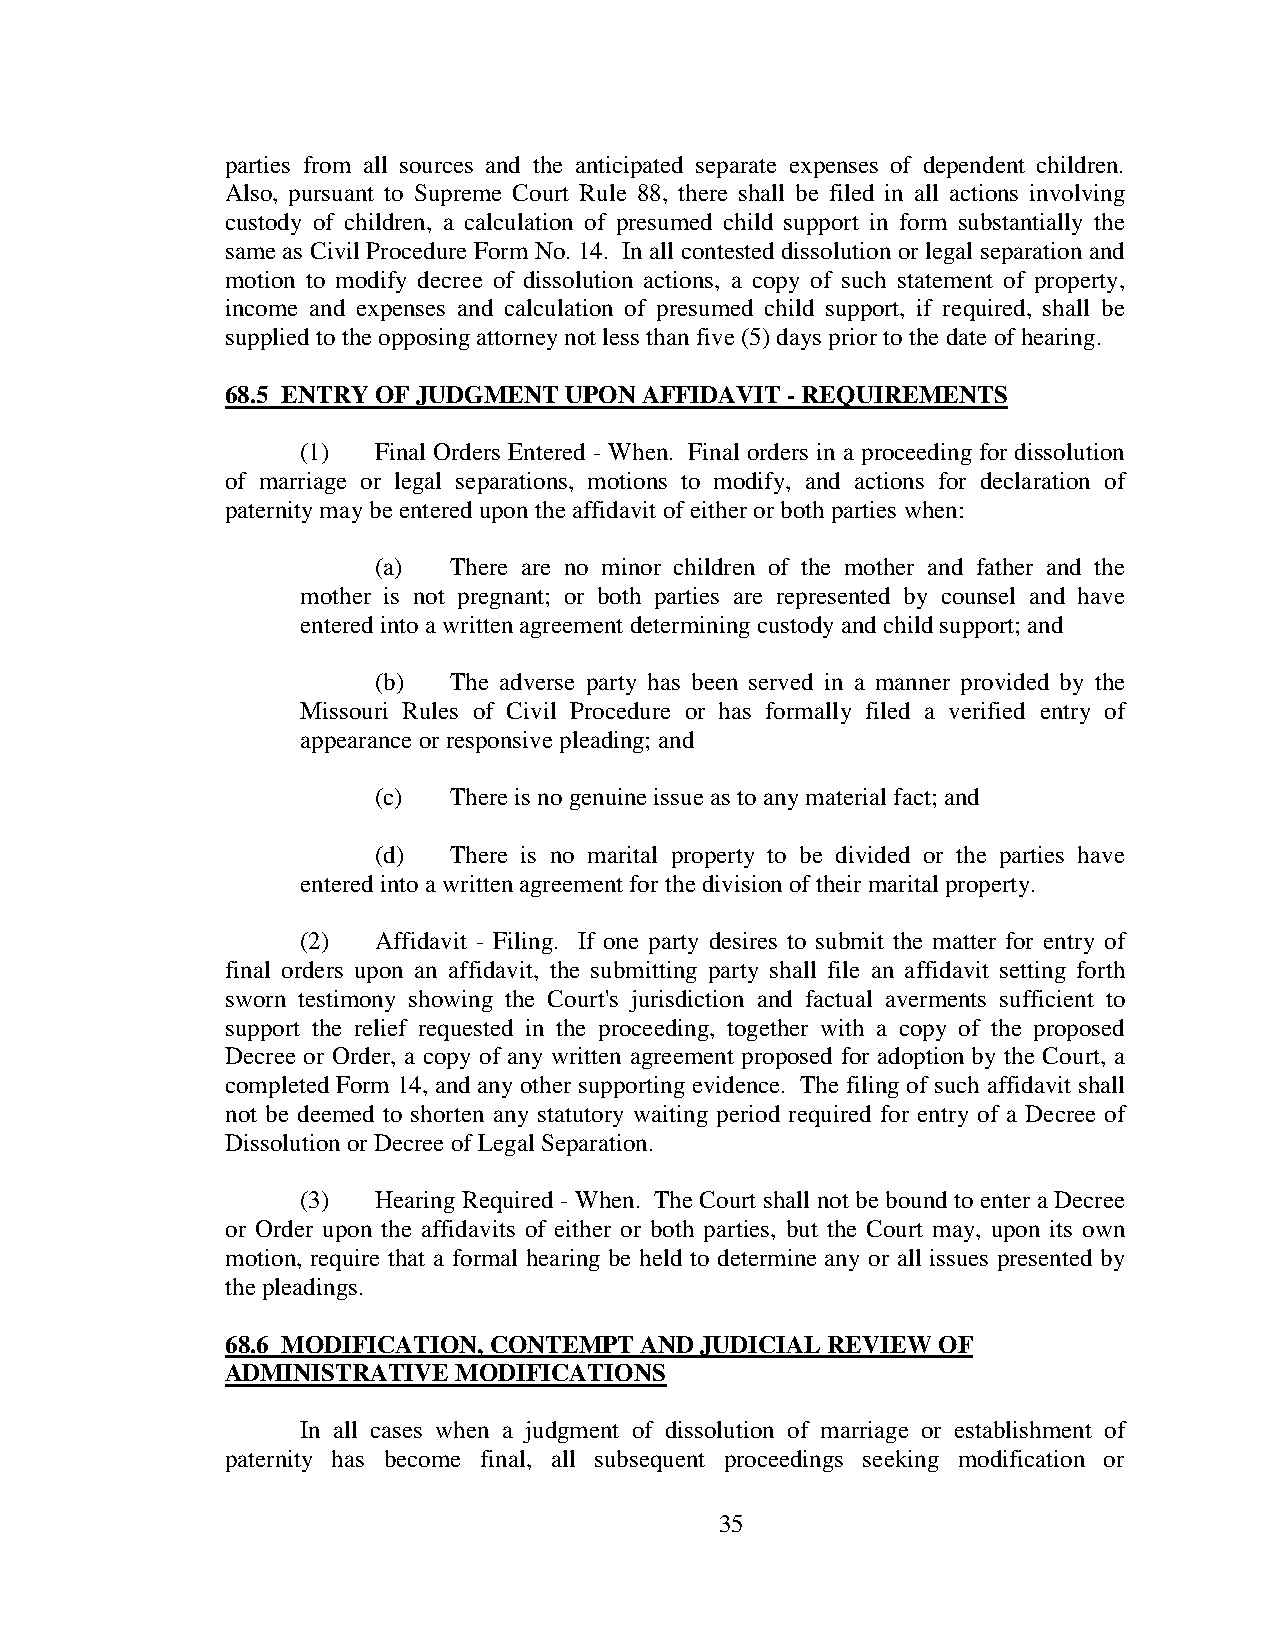
parties from all sources and the anticipated separate expenses of dependent children.
 Also, pursuant to Supreme Court Rule 88, there shall be filed in all actions involving
 custody of children, a calculation of presumed child support in form substantially the
 same as Civil Procedure Form No. 14. In all contested dissolution or legal separation and
 motion to modify decree of dissolution actions, a copy of such statement of property,
 income and expenses and calculation of presumed child support, if required, shall be
 supplied to the opposing attorney not less than five (5) days prior to the date of hearing.
 68.5 ENTRY OF JUDGMENT UPON AFFIDAVIT - REQUIREMENTS
 (1)  Final Orders Entered - When. Final orders in a proceeding for dissolution
 of marriage or legal separations, motions to modify, and actions for declaration of
 paternity may be entered upon the affidavit of either or both parties when:
 (a)  There are no minor children of the mother and father and the
 mother is not pregnant; or both parties are represented by counsel and have
 entered into a written agreement determining custody and child support; and
 (b)  The adverse party has been served in a manner provided by the
 Missouri Rules of Civil Procedure or has formally filed a verified entry of
 appearance or responsive pleading; and
 (c)  There is no genuine issue as to any material fact; and
 (d)  There is no marital property to be divided or the parties have
 entered into a written agreement for the division of their marital property.
 (2)  Affidavit - Filing. If one party desires to submit the matter for entry of
 final orders upon an affidavit, the submitting party shall file an affidavit setting forth
 sworn testimony showing the Court's jurisdiction and factual averments sufficient to
 support the relief requested in the proceeding, together with a copy of the proposed
 Decree or Order, a copy of any written agreement proposed for adoption by the Court, a
 completed Form 14, and any other supporting evidence. The filing of such affidavit shall
 not be deemed to shorten any statutory waiting period required for entry of a Decree of
 Dissolution or Decree of Legal Separation.
 (3)  Hearing Required - When. The Court shall not be bound to enter a Decree
 or Order upon the affidavits of either or both parties, but the Court may, upon its own
 motion, require that a formal hearing be held to determine any or all issues presented by
 the pleadings.
 68.6 MODIFICATION, CONTEMPT AND JUDICIAL REVIEW OF
 ADMINISTRATIVE MODIFICATIONS
 In all cases when a judgment of dissolution of marriage or establishment of
 paternity has become final, all subsequent proceedings seeking modification or
 35